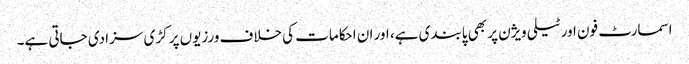
اسمارٹ فون اور ٹیلی ویژن پر بھی پابندی ہے، اور ان احکامات کی خلاف ورزیوں پر کڑی سزا دی جاتی ہے۔